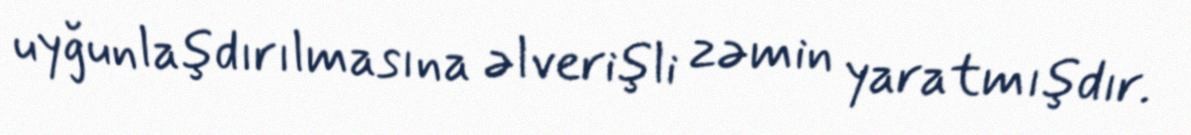
uyğunlaşdırılmasına əlverişli zəmin yaratmışdır.